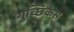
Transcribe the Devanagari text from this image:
गुच्छिकेस